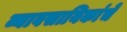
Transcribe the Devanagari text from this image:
व्यावसायिकांचे